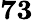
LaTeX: \mathbf{73}